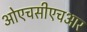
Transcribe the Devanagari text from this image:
ओएचसीएचआर